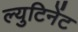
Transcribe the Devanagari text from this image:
ल्युटिनेंट